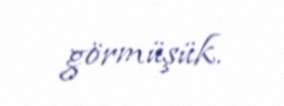
görmüşük.